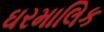
ઘરમાલિક